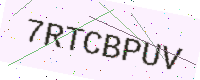
Text: 7RTCBPUV